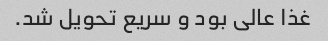
غذا عالی بود و سریع تحویل شد.